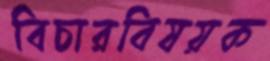
বিচারবিষয়ক